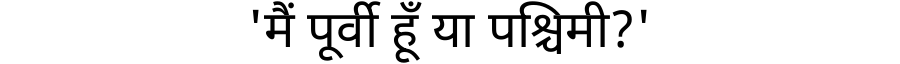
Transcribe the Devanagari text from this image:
'मैं पूर्वी हूँ या पश्चिमी?'